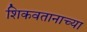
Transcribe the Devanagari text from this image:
शिकवतानाच्या